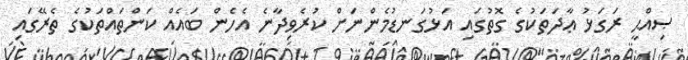
ޞިއްޙީ ރަގަޅު ޢާދަތަކުގެ ގޮތުގައި އަޅުގަނޑުމެންނަށް ކުރެވިދާނެ އެހެން ބައެއް ކަންތައްތަކުގެ ތެރޭގައި